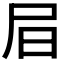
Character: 𡰶